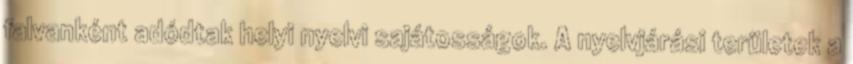
falvanként adódtak helyi nyelvi sajátosságok. A nyelvjárási területek a